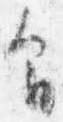
間